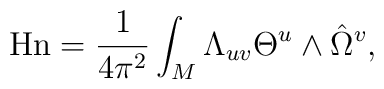
{\rm Hn}={1\over 4\pi^2}\int_{M}\Lambda_{uv}\Theta^u\wedge \hat \Omega^v,